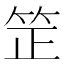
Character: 䇥